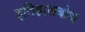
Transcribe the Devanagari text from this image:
इतिहासबोध